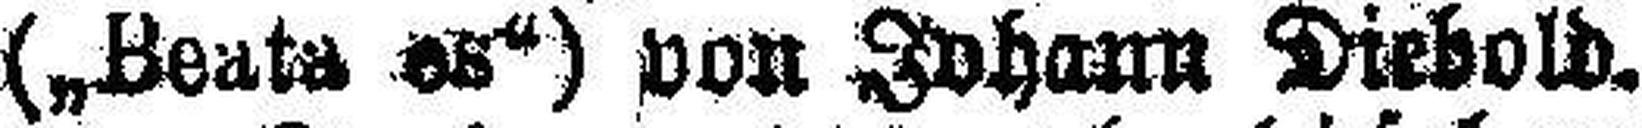
(„Beata es“) von Johann Diebold.